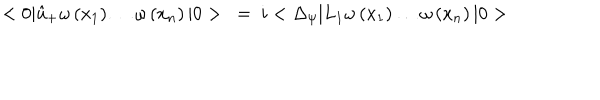
< 0 | \hat { u } _ { + } \omega \left( x _ { 1 } \right) \ldots \omega \left( x _ { n } \right) | 0 > ~ = ~ i < \Delta _ { \psi } | L _ { 1 } \omega \left( x _ { 1 } \right) \ldots \omega \left( x _ { n } \right) | 0 >